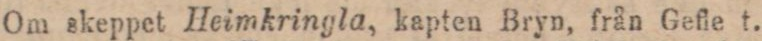
Om skeppet Heimkringla, kapten Bryn, från Gefie t.